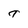
Character: T